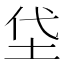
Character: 垈